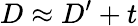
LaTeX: D\approx D^{\prime}+t